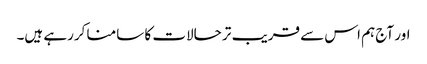
اور آج ہم اس سے قریب تر حالات کا سامنا کررہے ہیں۔